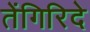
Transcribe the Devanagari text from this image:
तेंगिरिदे